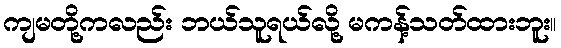
ကျမတို့ကလည်း ဘယ်သူရယ်လို့ မကန့်သတ်ထားဘူး။